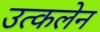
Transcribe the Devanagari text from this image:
उत्कलेन